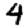
Digit: 4